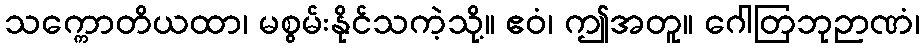
သက္ကောတိယထာ၊ မစွမ်းနိုင်သကဲ့သို့။ ဧဝံ၊ ဤအတူ။ ဂေါတြဘုဉာဏံ၊